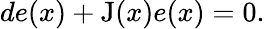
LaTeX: de(x)+\operatorname{J}(x)e(x)=0.